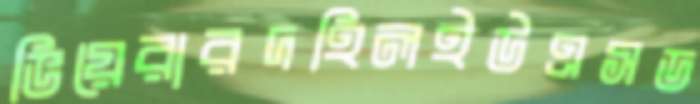
ভিয়েরারদহিলইউএসড